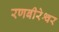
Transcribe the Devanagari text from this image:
रणबीरेश्वर